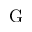
\mathrm { G }